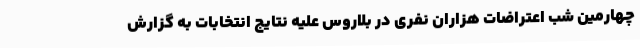
چهارمین شب اعتراضات هزاران نفری در بلاروس علیه نتایج انتخابات به گزارش